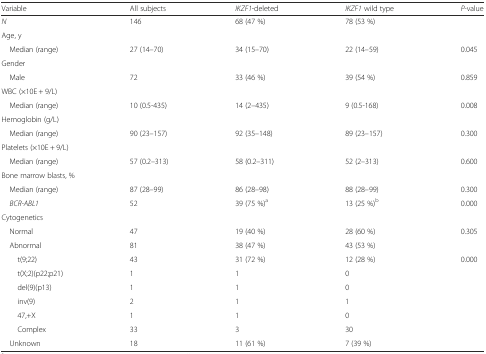
<table><thead><tr><td><b>Variable</b></td><td><b>All subjects</b></td><td><b><i>IKZF1</i>-deleted</b></td><td><b><i>IKZF1</i> wild type</b></td><td><b><i>P-</i>value</b></td></tr></thead><tbody><tr><td><i>N</i></td><td>146</td><td>68 (47 %)</td><td>78 (53 %)</td><td>[EMPTY_CELL]</td></tr><tr><td colspan="5">Age, y</td></tr><tr><td> Median (range)</td><td>27 (14–70)</td><td>34 (15–70)</td><td>22 (14–59)</td><td>0.045</td></tr><tr><td colspan="5">Gender</td></tr><tr><td> Male</td><td>72</td><td>33 (46 %)</td><td>39 (54 %)</td><td>0.859</td></tr><tr><td colspan="5">WBC (×10E + 9/L)</td></tr><tr><td> Median (range)</td><td>10 (0.5-435)</td><td>14 (2–435)</td><td>9 (0.5-168)</td><td>0.008</td></tr><tr><td colspan="5">Hemoglobin (g/L)</td></tr><tr><td> Median (range)</td><td>90 (23–157)</td><td>92 (35–148)</td><td>89 (23–157)</td><td>0.300</td></tr><tr><td colspan="5">Platelets (×10E + 9/L)</td></tr><tr><td> Median (range)</td><td>57 (0.2–313)</td><td>58 (0.2–311)</td><td>52 (2–313)</td><td>0.600</td></tr><tr><td colspan="5">Bone marrow blasts, %</td></tr><tr><td> Median (range)</td><td>87 (28–99)</td><td>86 (28–98)</td><td>88 (28–99)</td><td>0.300</td></tr><tr><td> <i>BCR-ABL1</i></td><td>52</td><td>39 (75 %)<sup>a</sup></td><td>13 (25 %)<sup>b</sup></td><td>0.000</td></tr><tr><td colspan="5">Cytogenetics</td></tr><tr><td> Normal</td><td>47</td><td>19 (40 %)</td><td>28 (60 %)</td><td>0.305</td></tr><tr><td> Abnormal</td><td>81</td><td>38 (47 %)</td><td>43 (53 %)</td><td>[EMPTY_CELL]</td></tr><tr><td>t(9;22)</td><td>43</td><td>31 (72 %)</td><td>12 (28 %)</td><td>0.000</td></tr><tr><td>t(X;2)(p22;p21)</td><td>1</td><td>1</td><td>0</td><td>[EMPTY_CELL]</td></tr><tr><td>del(9)(p13)</td><td>1</td><td>1</td><td>0</td><td>[EMPTY_CELL]</td></tr><tr><td>inv(9)</td><td>2</td><td>1</td><td>1</td><td>[EMPTY_CELL]</td></tr><tr><td>47,+X</td><td>1</td><td>1</td><td>0</td><td>[EMPTY_CELL]</td></tr><tr><td>Complex</td><td>33</td><td>3</td><td>30</td><td>[EMPTY_CELL]</td></tr><tr><td> Unknown</td><td>18</td><td>11 (61 %)</td><td>7 (39 %)</td><td>[EMPTY_CELL]</td></tr></tbody></table>